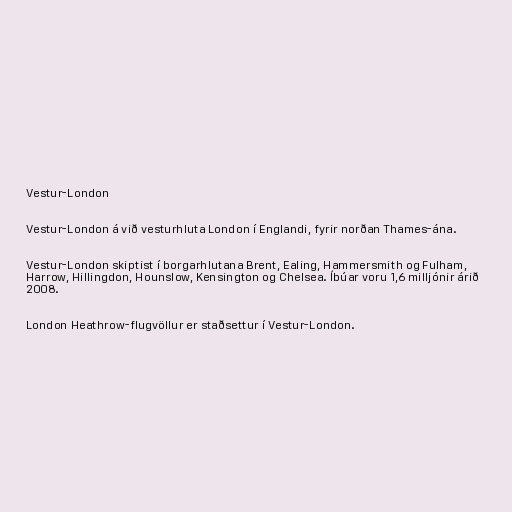
Vestur-London

Vestur-London á við vesturhluta London í Englandi, fyrir norðan Thames-ána.

Vestur-London skiptist í borgarhlutana Brent, Ealing, Hammersmith og Fulham,
Harrow, Hillingdon, Hounslow, Kensington og Chelsea. Íbúar voru 1,6 milljónir árið
2008.

London Heathrow-flugvöllur er staðsettur í Vestur-London.